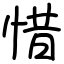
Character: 惜